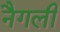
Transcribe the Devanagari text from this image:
नैगली